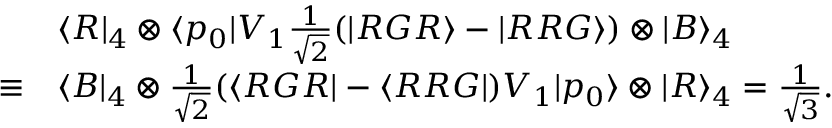
\begin{array} { r l } & { \langle R | _ { 4 } \otimes \langle p _ { 0 } | V _ { 1 } \frac { 1 } { \sqrt { 2 } } ( | R G R \rangle - | R R G \rangle ) \otimes | B \rangle _ { 4 } } \\ { \equiv } & { \langle B | _ { 4 } \otimes \frac { 1 } { \sqrt { 2 } } ( \langle R G R | - \langle R R G | ) V _ { 1 } | p _ { 0 } \rangle \otimes | R \rangle _ { 4 } = \frac { 1 } { \sqrt { 3 } } . } \end{array}